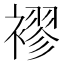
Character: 𮖮